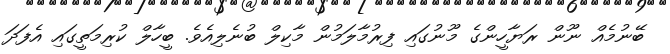
ބޭނުމެއް ނޫން ރަޔާހީންގެ މޫނުގައި ފިރުމާލަމުން މާކިލް ބުނެލިއެވެ. ބީހާލް ކުރިިމަތީގައި އެފަދަ